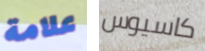
علامة كاسيوس